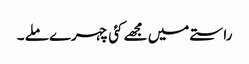
راستے میں مجھے کئی چہرے ملے ۔